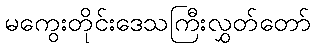
မကွေးတိုင်းဒေသကြီးလွှတ်တော်